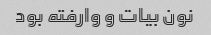
نون بیات و وارفته بود